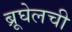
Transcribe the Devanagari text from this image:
ब्रूघेलची